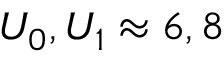
U _ { 0 } , U _ { 1 } \approx 6 , 8